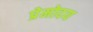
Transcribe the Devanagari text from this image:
प्रेमोदय